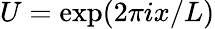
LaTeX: U=\exp(2\pi ix/L)